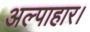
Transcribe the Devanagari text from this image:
अल्पाहार।